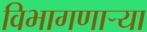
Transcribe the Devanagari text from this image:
विभागणाऱ्या